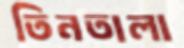
তিনতালা